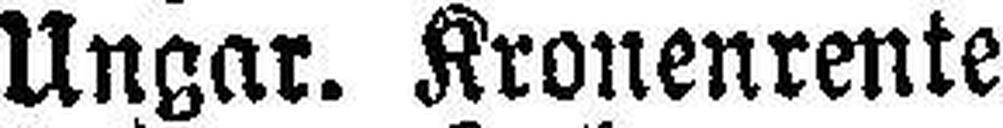
Ungar. Kronenrente